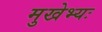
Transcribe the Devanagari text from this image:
मुखेभ्यः